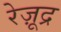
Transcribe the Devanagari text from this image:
रेज़ूद्र